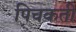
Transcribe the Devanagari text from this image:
पिचकती